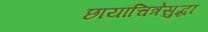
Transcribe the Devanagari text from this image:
छायाचित्रेसुद्धा